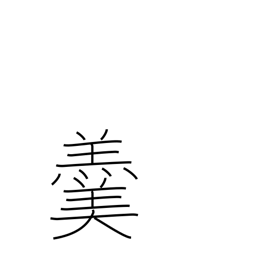
Meaning: hot soup